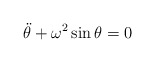
\begin{align*} \ddot{\theta} + \omega^2 \sin \theta = 0\end{align*}